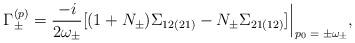
LaTeX: \begin{align*}\Gamma^{(p)}_\pm = \frac{- i}{2 \omega_\pm} [(1 + N_\pm) \Sigma_{1 2 (2 1)} - N_\pm \Sigma_{2 1 (1 2)}] \, \rule[-3mm]{.14mm}{8.5mm} \raisebox{-2.85mm}{\scriptsize{$\; p_0 = \pm \omega_\pm$}} , \end{align*}